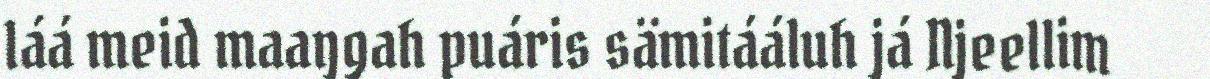
láá meid maaŋgah puáris sämitááluh já Njeellim